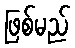
ဖြစ်မည်